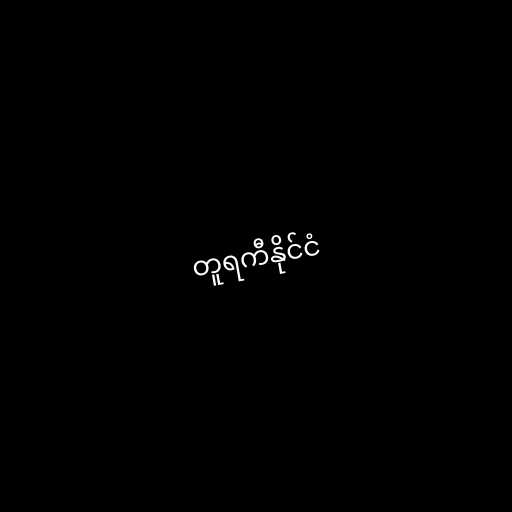
တူရကီနိုင်ငံ